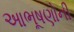
આભૂષણોની